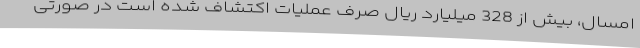
امسال، بیش از 328 میلیارد ریال صرف عملیات اکتشاف شده است در صورتی